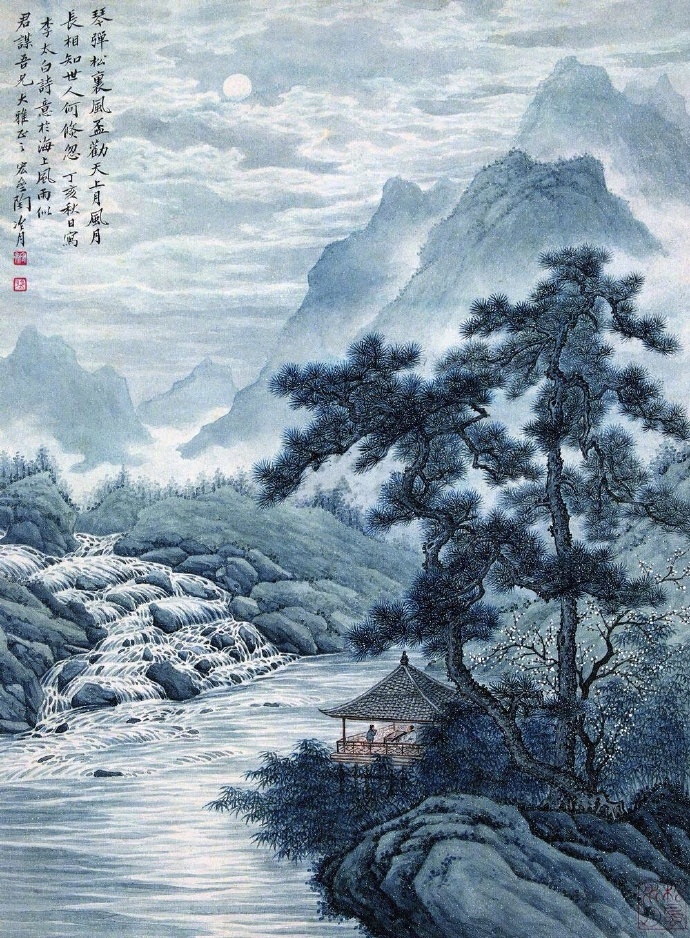
春花秋月何时了？往事知多少。